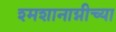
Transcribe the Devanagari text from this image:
श्मशानाग्नीच्या